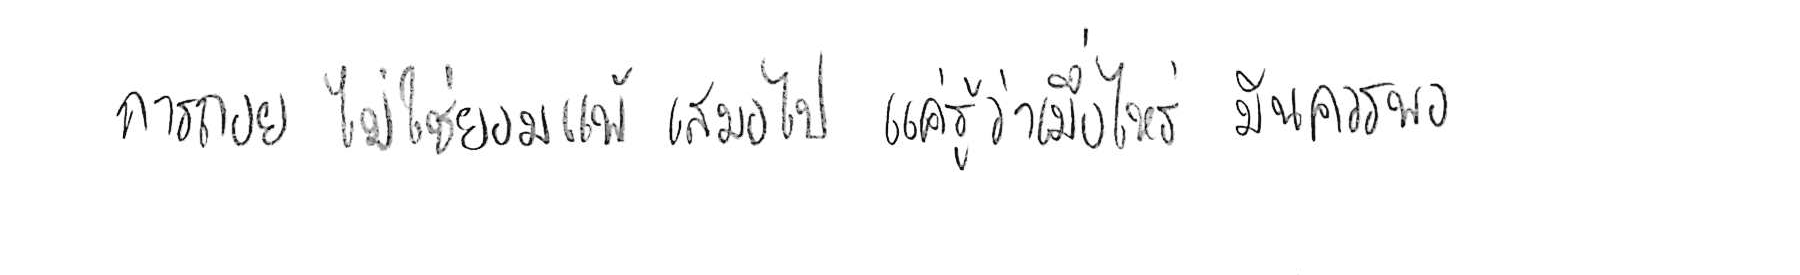
การถอย ไม่ใช่ยอมแพ้ เสมอไป แค่รู้ว่าเมื่อไหร่ มันควรพอ